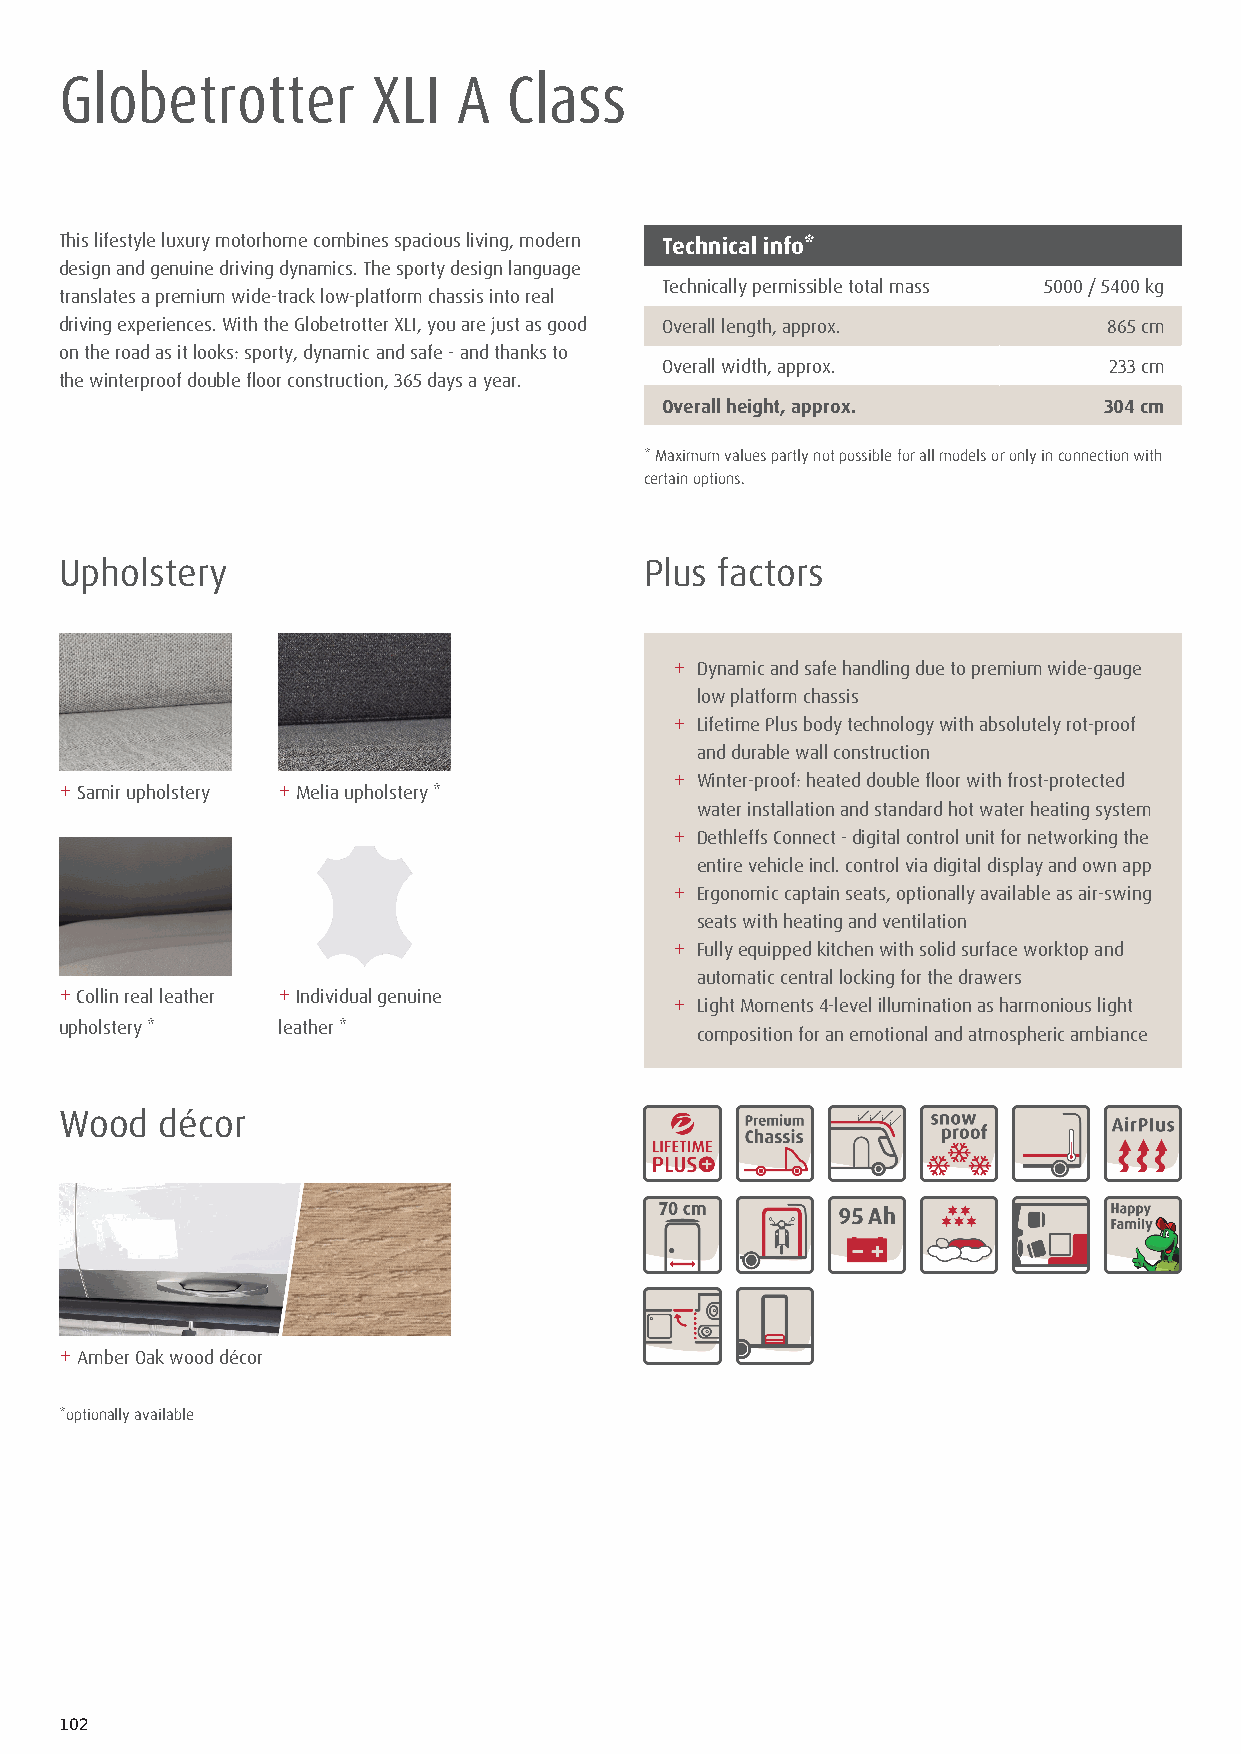
Globetrotter         XLI  A   Class
 This lifestyle luxury motorhome combines spacious living, modern Technical info*
 design and genuine driving dynamics. The sporty design language
 Technically permissible total mass 5000 / 5400 kg
 translates a premium wide-track low-platform chassis into real
 driving experiences. With the Globetrotter XLI, you are just as good Overall length, approx. 865 cm
 on the road as it looks: sporty, dynamic and safe - and thanks to
 Overall width, approx.       233 cm
 the winterproof double floor construction, 365 days a year.
 Overall height, approx.      304 cm
 * Maximum values partly not possible for all models or only in connection with
 certain options.
 Upholstery                             Plus factors
 + Dynamic and safe handling due to premium wide-gauge
 low platform chassis
 + Lifetime Plus body technology with absolutely rot-proof
 and durable wall construction
 + Winter-proof: heated double floor with frost-protected
 + Samir upholstery + Melia upholstery *
 water installation and standard hot water heating system
 + Dethleffs Connect - digital control unit for networking the
 entire vehicle incl. control via digital display and own app
 + Ergonomic captain seats, optionally available as air-swing
 seats with heating and ventilation
 + Fully equipped kitchen with solid surface worktop and
 automatic central locking for the drawers
 + Collin real leather + Individual genuine + Light Moments 4-level illumination as harmonious light
 upholstery *  leather *
 composition for an emotional and atmospheric ambiance
 Wood   décor
 + Amber Oak wood décor
 *optionally available
 102